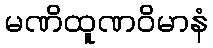
မဏိထူဏဝိမာနံ